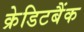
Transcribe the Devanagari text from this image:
क्रेडिटबैंक